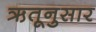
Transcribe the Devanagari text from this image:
ऋतूनुसार